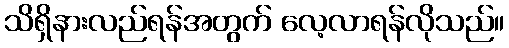
သိရှိနားလည်ရန်အတွက် လေ့လာရန်လိုသည်။